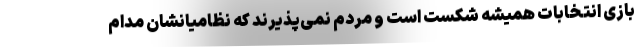
بازی انتخابات همیشه شکست است و مردم نمی‌پذیرند که نظامیانشان مدام